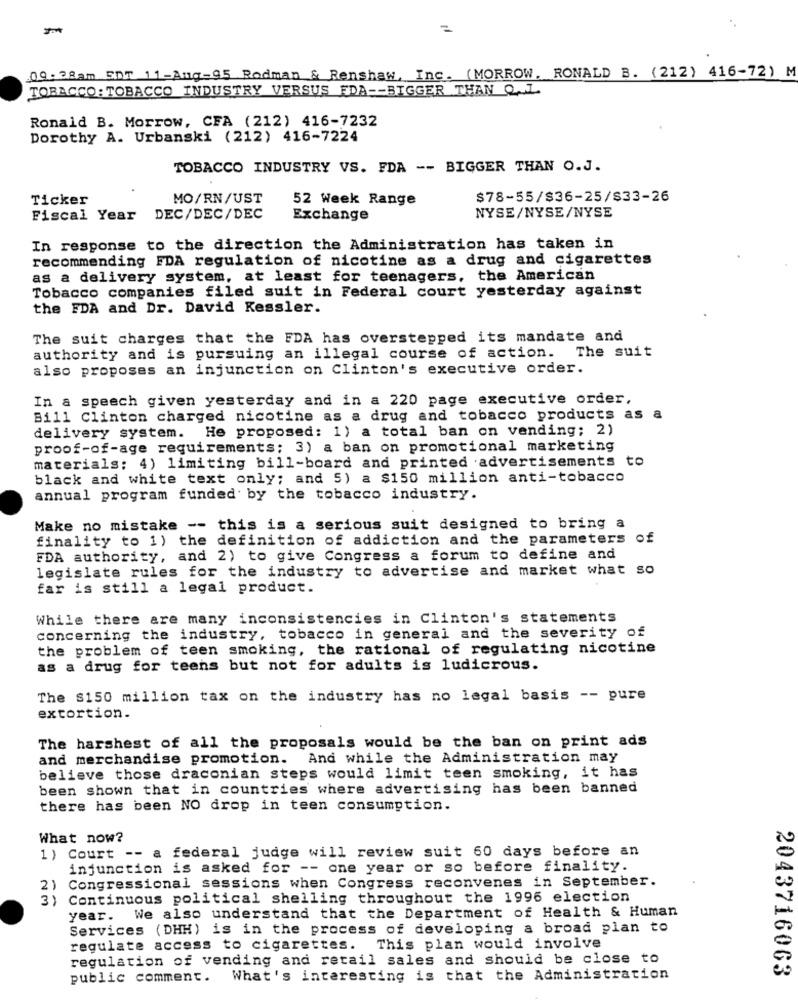
09.28am EDT 11-Aug-95 Rodman & Renshaw, Inc. (MORROW, RONALD B. (212) 416-72) M
TOBACCO: TOBACCO INDUSTRY VERSUS FDA -- BIGGER THAN Q. L.
Ronald B. Morrow, CFA (212) 416-7232
Dorothy A. Urbanski (212) 416-7224
TOBACCO INDUSTRY VS. FDA -- BIGGER THAN O.J.
Ticker
MO/RN/UST
52 Week Range
$78-55/$36-25/$33-26
NYSE/NYSE/NYSE
Fiscal Year
DEC/DEC/DEC
Exchange
In response to the direction the Administration has taken in
recommending FDA regulation of nicotine as a drug and cigarettes
as a delivery system, at least for teenagers, the American
Tobacco companies filed suit in Federal court yesterday against
the FDA and Dr. David Kessler.
The suit charges that the FDA has overstepped its mandate and
authority and is pursuing an illegal course of action. The suit
also proposes an injunction on Clinton's executive order.
In a speech given yesterday and in a 220 page executive order,
Bill Clinton charged nicotine as a drug and tobacco products as a
delivery system. He proposed: 1) a total ban on vending; 2)
proof-of-age requirements; 3) a ban on promotional marketing
materials; 4) limiting bill-board and printed advertisements to
black and white text only; and 5) a $150 million anti-tobacco
annual program funded by the tobacco industry.
Make no mistake -- this is a serious suit designed to bring a
finality to 1) the definition of addiction and the parameters of
FDA authority, and 2) to give Congress a forum to define and
legislate rules for the industry to advertise and market what so
far is still a legal product.
While there are many inconsistencies in Clinton's statements
concerning the industry, tobacco in general and the severity of
the problem of teen smoking, the rational of regulating nicotine
as a drug for teens but not for adults is ludicrous.
The $150 million tax on the industry has no legal basis -- pure
extortion.
The harshest of all the proposals would be the ban on print ads
and merchandise promotion. And while the Administration may
believe those draconian steps would limit teen smoking, it has
been shown that in countries where advertising has been banned
there has been NO drop in teen consumption.
What now?
1) Court -- a federal judge will review suit 60 days before an
injunction is asked for -- one year or so before finality.
2) Congressional sessions when Congress reconvenes in September.
3) Continuous political shelling throughout the 1996 election
year. We also understand that the Department of Health & Human
Services (DHH) is in the process of developing a broad plan to
regulate access to cigarettes.
This plan would involve
regulation of vending and retail sales and should be close to
2043716063
public comment.
What's interesting is that the Administration